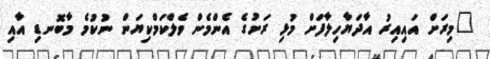
"މިރަށް އައިއިރު އާދަޔާހިލާފަށް މުޅި ރަށުގެ އެންމެން ވެލްކަމްކިޔަން ނުކުމެ މާބޮނޑި އާއި